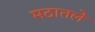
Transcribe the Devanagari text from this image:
मठातले